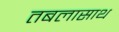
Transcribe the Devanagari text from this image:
तबलासाथ